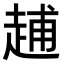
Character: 𧻷